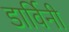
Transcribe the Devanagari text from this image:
डार्विनी